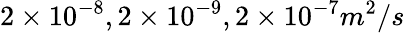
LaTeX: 2\times 10^{-8},2\times 10^{-9},2\times 10^{-7}m^{2}/s